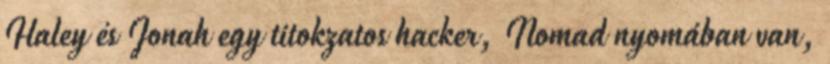
Haley és Jonah egy titokzatos hacker, Nomad nyomában van,